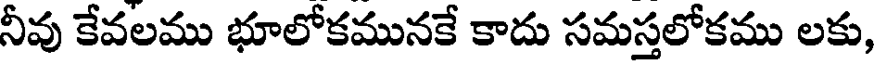
నీవు కేవలము భూలోకమునకే కాదు సమస్తలోకము లకు,